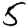
Digit: 5